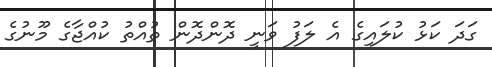
ގަދަ ކަޅު ކުލައިގެ އެ ލަފު ވަނީ ދޮންދޮން ތުއްތު ކުއްޖާގެ މޫނުގެ